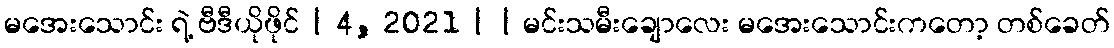
မအေးသောင်း ရဲ့ ဗီဒီယိုဖိုင် | 4, 2021 | | မင်းသမီးချောလေး မအေးသောင်းကတော့ တစ်ခေတ်